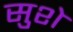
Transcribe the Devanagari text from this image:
सुशे